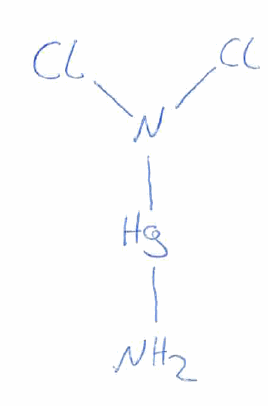
Simplified molecular-input line-entry system (SMILES) notation of the given molecule:
N[Hg]N(Cl)Cl